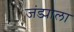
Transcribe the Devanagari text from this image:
जंड्याला